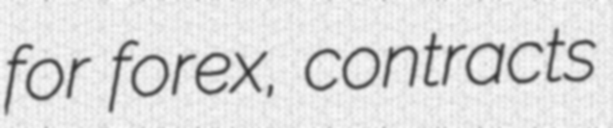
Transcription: for forex, contracts